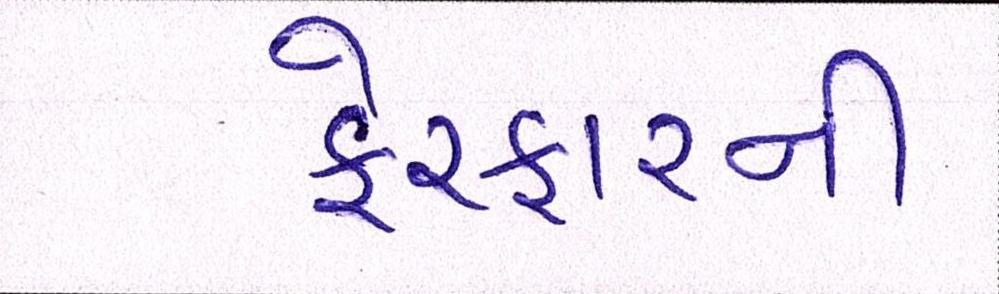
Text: ફેરફારની